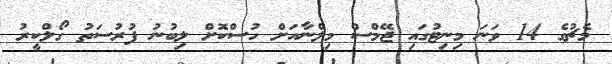
މެޗުގެ 14 ވަނަ މިނިޓުގައި ޖޭމްސް މިލްނާއަށް ހުސްކޮށް ލިބުނު ފުރުސަތު ގޯލްކީރު